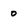
Character: 0